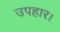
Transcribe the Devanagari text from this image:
उपहार।